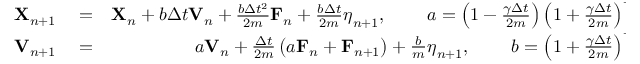
\begin{array} { r l r } { \mathbf { X } _ { n + 1 } } & { { } = } & { \mathbf { X } _ { n } + b \Delta { t } \mathbf { V } _ { n } + \frac { b \Delta { t } ^ { 2 } } { 2 m } \mathbf { F } _ { n } + \frac { b \Delta { t } } { 2 m } \boldsymbol { \eta } _ { n + 1 } , \; \; \; \; \; \; \; \; a = \left( { 1 - \frac { \gamma \Delta { t } } { 2 m } } \right) \left( { 1 + \frac { \gamma \Delta { t } } { 2 m } } \right) ^ { - 1 } , } \\ { \mathbf { V } _ { n + 1 } } & { { } = } & { a \mathbf { V } _ { n } + \frac { \Delta { t } } { 2 m } \left( a \mathbf { F } _ { n } + \mathbf { F } _ { n + 1 } \right) + \frac { b } { m } \boldsymbol { \eta } _ { n + 1 } , \; \; \; \; \; \; \; \; b = \left( { 1 + \frac { \gamma \Delta { t } } { 2 m } } \right) ^ { - 1 } . } \end{array}